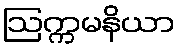
ဩက္ကမနိယာ